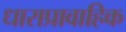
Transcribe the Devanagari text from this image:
धाराप्रावाहिक